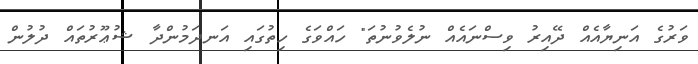
ވަރުގެ އަނިޔާއެއް ދޭއިރު ވިސްނައެއް ނުލެވުނުތަ" ހައްވަގެ ހިތުގައި އަނދަމުންދާ ޝުޢޫރުތައް ދުލުން